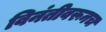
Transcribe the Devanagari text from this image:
विनंतीवरूनच